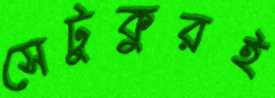
সেটুকুরই